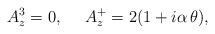
LaTeX: \begin{align*}A^3_z=0, \ \ \ \ A^+_z=2(1 + i \alpha \, \theta),\end{align*}